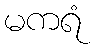
မကရံ